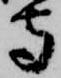
守